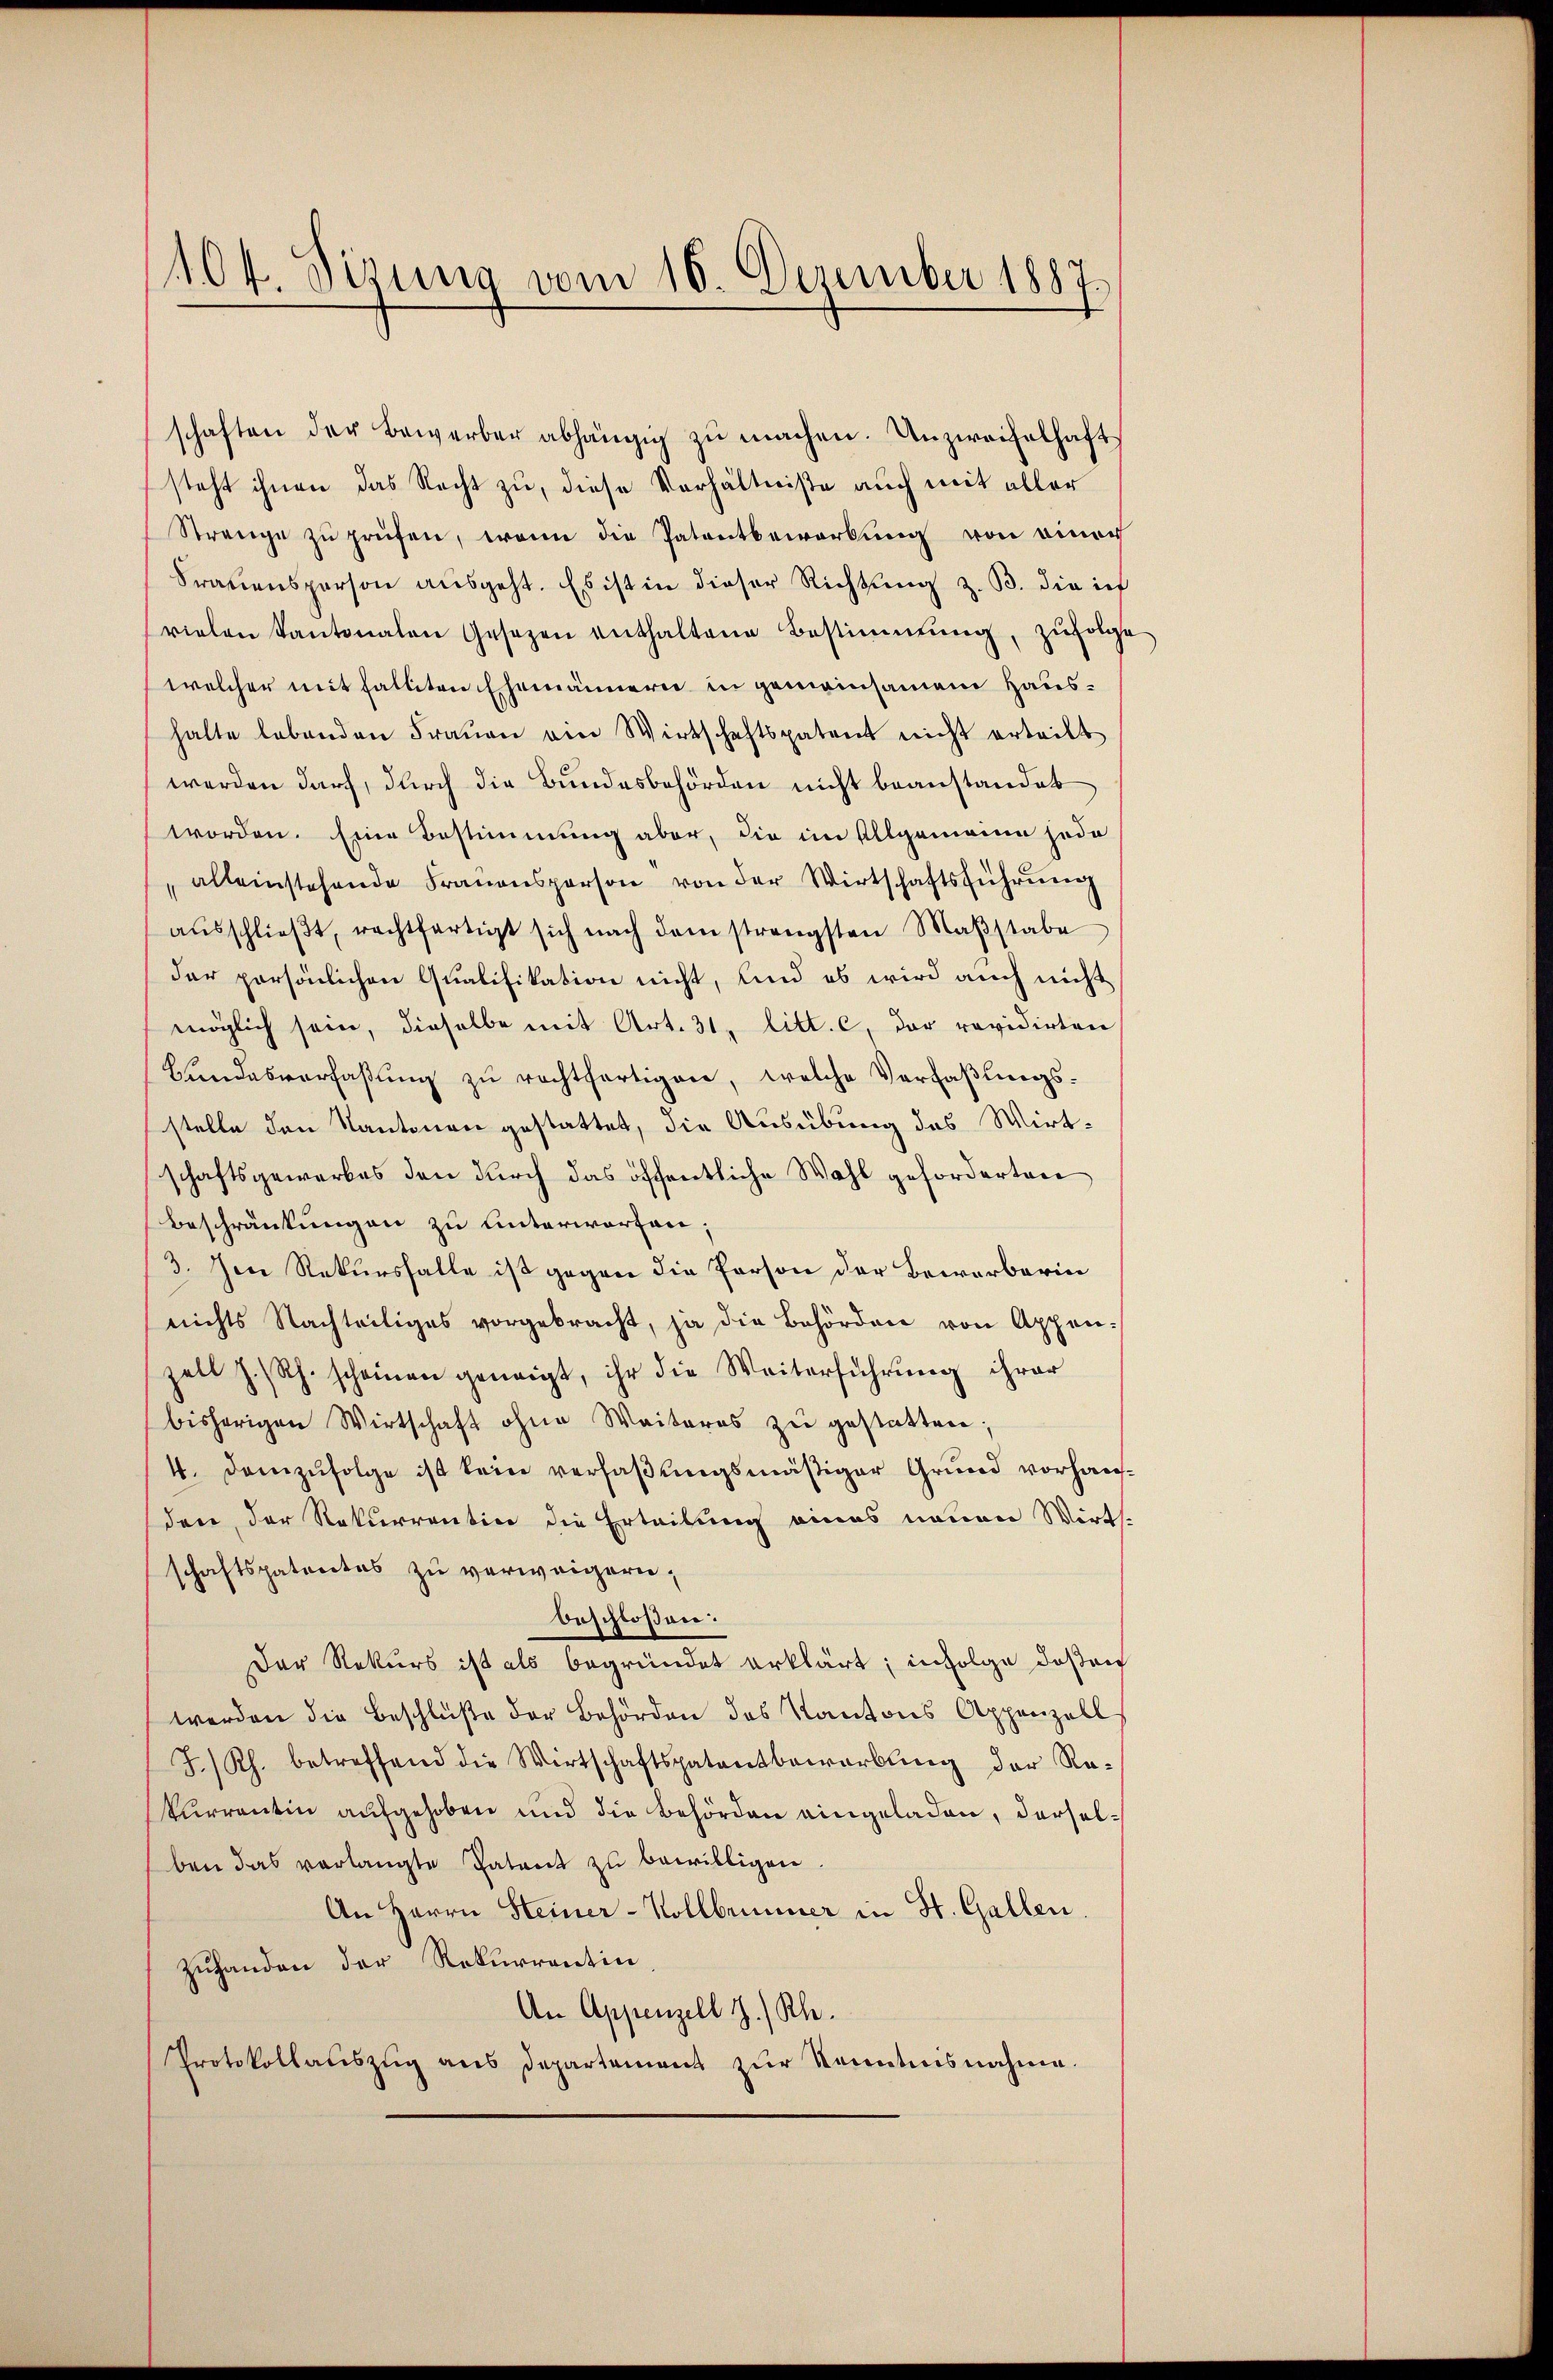
104. Sizung vom 16. Dezember 1887.

schaften der Bewerber abhängig zŭ machen. Unzweifelhaft
steht ihnen das Recht zu, diese Verhältniße auch mit aller
Strenge zŭ prüfen, wenn die Patentbewerbung von einer
Frauensperson ausgeht. Es ist in dieser Richtung z. B. die inf
vielen Kantonalen Gesezen enthaltene Bestimmung, zŭfolge
welcher mit falliten Ehemännern in gemeinsamen Haushalte lebenden Frauen am Wirtschaftspatent nicht erteilt
werden darf, durch die Bundesbehörden nicht beanstandet
worden. Eine Bestimmung aber, die im Allgemeine jedo
"alleinstehende Fraŭensperson von der Wirtschaftsführŭng
aŭsschlieβt, rechtfertigt sich nach dem strengsten Maβstabe
der persönlichen Qualifikation nicht, und es wird auch nicht
möglich sein, dieselbe mit Art. 31, litt. c, der revidirten
Bundesverfaßung zu rechtfertigen, welche Verfaßungsstelle den Kantonen gestattet, die Ausübung des Wirt-
schaftsgewerbes den durch das öffentliche Wahl geforderten
Beschränkungen zu unterworfen;
3. Im Rekursfalle ist gegen die Person der Bewerberin
nichts Nachteiliges vorgebracht, ja die Behördere von Appen-
zell z. Rh. scheinen geneigt, ihr die Weiterführung ihrer
bisherigen Wirtschaft ohne Weiteres zu gestatten;
4. Demzufolge ist kein verfaßungsmäßiger Grund vorhausden, der Rekurrentin die Erteilung eines neuen Wirth-
schaftspatentes zu verweigern;
beschloßen:
Der Rekurs ist als begründet erklärt; infolge deßen
werden die Beschlüße der Behörden des Kantons Appenzell
J./Rh. betreffend die Wirtschaftspatentbewerbung der Re-
kurrentin aufgehoben und die Behörden eingeladen, derselben das verlangte Patent zŭ bewilligen.
An Herrn Steiner-Kollbemmer in St. Gallen.
Zuhanden der Rekurrentin
An Appenzell I. Kle¬
Protokollauszug aus Departement zur Kenntnisnahme.